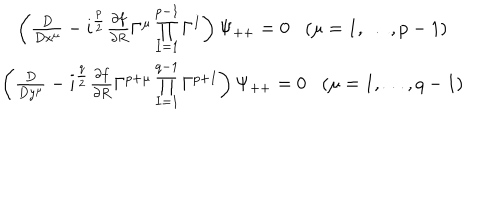
\begin{array} { c } { { \left( { \frac { D } { D x ^ { \mu } } } - i ^ { \frac { p } { 2 } } { \frac { \partial f } { \partial R } } \Gamma ^ { \mu } \prod _ { I = 1 } ^ { p - 1 } \Gamma ^ { I } \right) \Psi _ { + + } = 0 ( \mu = 1 , \ldots , p - 1 ) } } \\ { { \left( { \frac { D } { D y ^ { \mu } } } - i ^ { \frac { q } { 2 } } { \frac { \partial f } { \partial R } } \Gamma ^ { p + \mu } \prod _ { I = 1 } ^ { q - 1 } \Gamma ^ { p + I } \right) \Psi _ { + + } = 0 ( \mu = 1 , \ldots , q - 1 ) } } \\ \end{array}